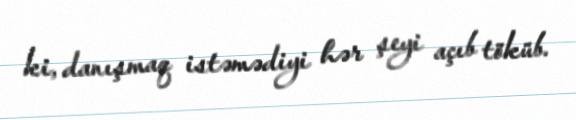
ki, danışmaq istəmədiyi hər şeyi açıb töküb.